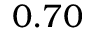
0 . 7 0